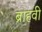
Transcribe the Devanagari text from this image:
ब्राहवी